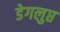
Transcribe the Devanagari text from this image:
डेगलुप्त